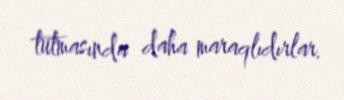
tutmasında daha maraqlıdırlar.